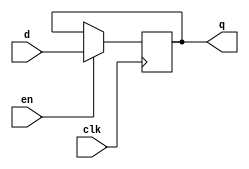
module reg3 (
	input 					clk,
	input						en,
	input 		[2:0]	   d,
	output reg	[2:0]	   q
   );
   
   initial q = 0;
	
	always @(posedge clk)
		if (en)
			q <= d;
			
endmodule